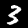
Label: 3